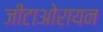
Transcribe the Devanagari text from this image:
जीटाओरायन